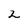
Character: 2